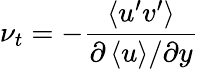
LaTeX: \nu_{t}=-\frac{\left<u^{\prime}v^{\prime}\right>}{{\partial\left<u\right>}/{\partial y}}